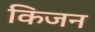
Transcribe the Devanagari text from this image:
किजन